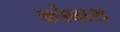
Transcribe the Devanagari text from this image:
कोबारा